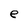
Character: e